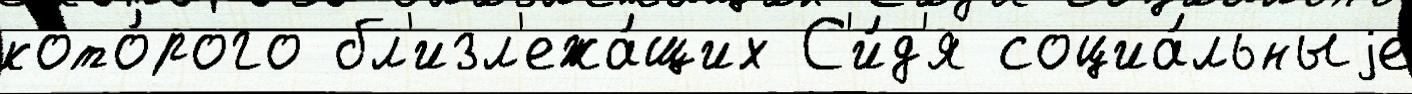
кото́рого бл'изл'ежа́щих С'и́д'я социа́льныjе